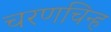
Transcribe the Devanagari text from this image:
चरणचिन्ह